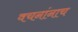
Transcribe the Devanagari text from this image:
वचनांनाच